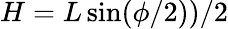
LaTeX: \begin{array}{r}{H=L\sin(\phi/2))/2}\end{array}